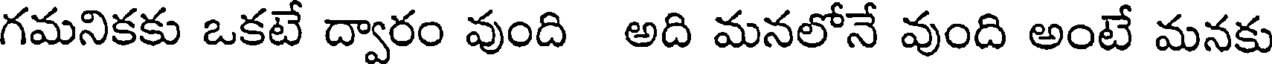
గమనికకు ఒకటే ద్వారం వుంది అది మనలోనే వుంది అంటే మనకు